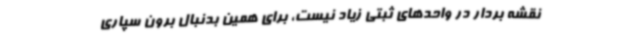
نقشه بردار در واحدهای ثبتی زیاد نیست، برای همین بدنبال برون سپاری